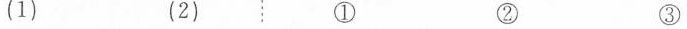
(1) (2) ① ② ③